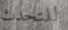
للتحدث